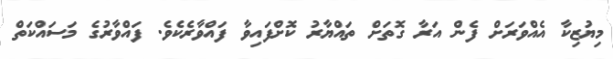
މިޔުޒިކާ އެއްވަރަށް ފެން އަރާ ގޮތަށް ތައްޔާރު ކޮށްފައިވާ ފައްވާރެކެވެ. ފައްވާރުގެ މަސައްކަތް